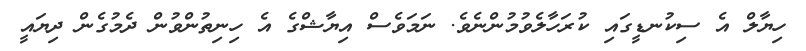
ހިޔާލް އެ ސިކުނޑީގައި ކުރަހާލެވުމުންނެވެ. ނަމަވެސް އިޔާޝްގެ އެ ހިނިތުންވުން ދެމުގެން ދިޔައީ